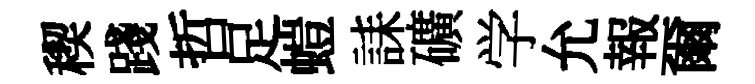
稧踐哲足螘誄礦学允報爾